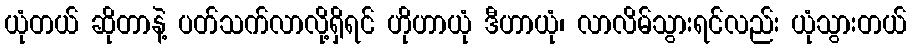
ယုံတယ် ဆိုတာနဲ့ ပတ်သက်လာလို့ရှိရင် ဟိုဟာယုံ ဒီဟာယုံ၊ လာလိမ်သွားရင်လည်း ယုံသွားတယ်